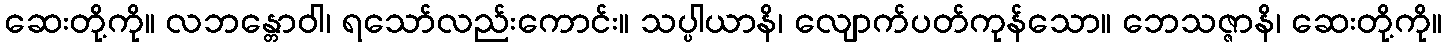
ဆေးတို့ကို။ လဘန္တောဝါ၊ ရသော်လည်းကောင်း။ သပ္ပါယာနိ၊ လျောက်ပတ်ကုန်သော။ ဘေသဇ္ဇာနိ၊ ဆေးတို့ကို။